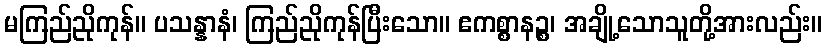
မကြည်ညိုကုန်။ ပသန္နာနံ၊ ကြည်ညိုကုန်ပြီးသော။ ဧကစ္စာနဉ္စ၊ အချို့သောသူတို့အားလည်း။